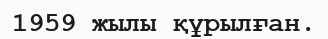
1959 жылы құрылған.